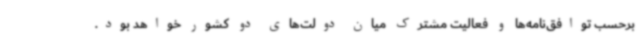
برحسب توافق‌نامه‌ها و فعالیت مشترک میان دولت‌های دو کشور خواهد بود.